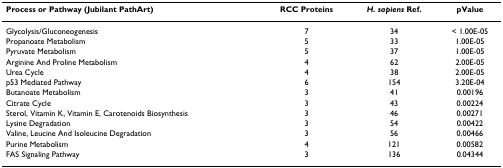
| Process or Pathway (Jubilant PathArt) | RCC Proteins | H. sapiens Ref. | pValue |
 | --- | --- | --- | --- |
 | Glycolysis/Gluconeogenesis | 7 | 34 | < 1.00E-05 |
 | Propanoate Metabolism | 5 | 33 | 1.00E-05 |
 | Pyruvate Metabolism | 5 | 37 | 1.00E-05 |
 | Arginine And Proline Metabolism | 4 | 62 | 2.00E-05 |
 | Urea Cycle | 4 | 38 | 2.00E-05 |
 | p53 Mediated Pathway | 6 | 154 | 3.20E-04 |
 | Butanoate Metabolism | 3 | 41 | 0.00196 |
 | Citrate Cycle | 3 | 43 | 0.00224 |
 | Sterol, Vitamin K, Vitamin E, Carotenoids Biosynthesis | 3 | 46 | 0.00271 |
 | Lysine Degradation | 3 | 54 | 0.00422 |
 | Valine, Leucine And Isoleucine Degradation | 3 | 56 | 0.00466 |
 | Purine Metabolism | 4 | 121 | 0.00582 |
 | FAS Signaling Pathway | 3 | 136 | 0.04344 |